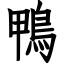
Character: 鴨